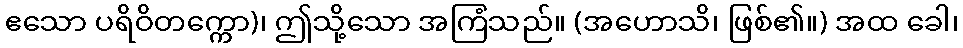
ဧသော ပရိဝိတက္ကော)၊ ဤသို့သော အကြံသည်။ (အဟောသိ၊ ဖြစ်၏။) အထ ခေါ၊